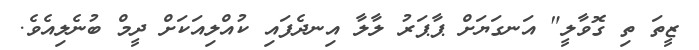
ޒީތަ ތި ގޮވާލީ" އަނގަޔަށް ޕާޕަރު ލާލާ އިނދެފައި ކުއްލިއަކަށް ދީމް ބުނެލިއެވެ.